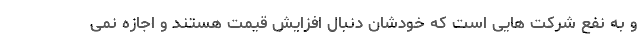
و به نفع شرکت هایی است که خودشان دنبال افزایش قیمت هستند و اجازه نمی